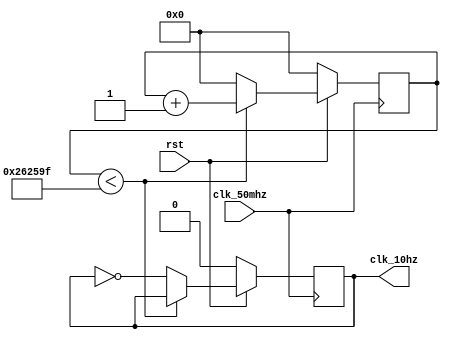
module f_d_50m_10(clk_50mhz,rst,clk_10hz);
input clk_50mhz,rst;
output clk_10hz;
reg clk_10hz;
reg[31:0]cntl;
parameter N = 5000000;
always @(posedge clk_50mhz)
if(!rst)
	begin
		cntl <= 1'b0;
		clk_10hz <= 1'b0;
	end
else
	if(cntl < N/2 -1)
		cntl <= cntl + 1'b1;
	else
		begin
			cntl<=1'b0;
			clk_10hz<= ~clk_10hz;
		end
endmodule